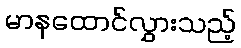
မာနထောင်လွှားသည့်